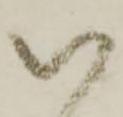
い